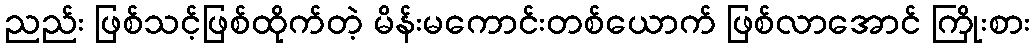
ညည်း ဖြစ်သင့်ဖြစ်ထိုက်တဲ့ မိန်းမကောင်းတစ်ယောက် ဖြစ်လာအောင် ကြိုးစား